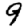
Digit: 9